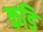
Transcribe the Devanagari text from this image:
कडि